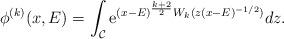
LaTeX: \begin{align*}\phi^{(k)}(x, E)= \int_{\cal C} {\rm e}^{ (x-E)^{\frac{k+2}{2}} W_k(z (x-E)^{-1/2}) } dz.\end{align*}